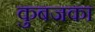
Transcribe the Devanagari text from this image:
कुबजका